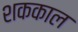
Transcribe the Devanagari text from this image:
शककाल